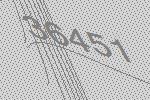
36451